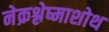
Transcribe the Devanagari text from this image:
नेक्रश्लेष्माशोथ